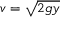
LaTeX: v = { \sqrt { 2 g y } }